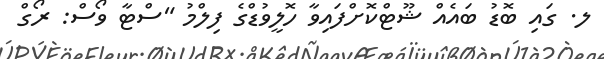
ލ. ގައި ބޮޑު ބައެއް ޝޫޓްކޮށްފައިވާ ހޮލީވުޑްގެ ފިލްމު "ސްޓާ ވޯސް: ރޯގް